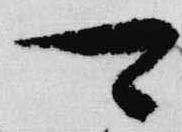
可